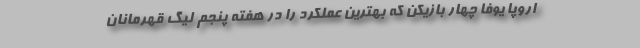
اروپا یوفا چهار بازیکن که بهترین عملکرد را در هفته پنجم لیگ قهرمانان